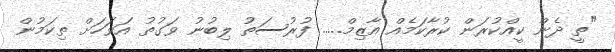
"ތީ ދެން ކީއްކުރަން ކުރާކަމެއް އާޒިމް..... ފުރުސަތު ލިބުނު ވަގުތު އަވަހަށް ތިކަމުން